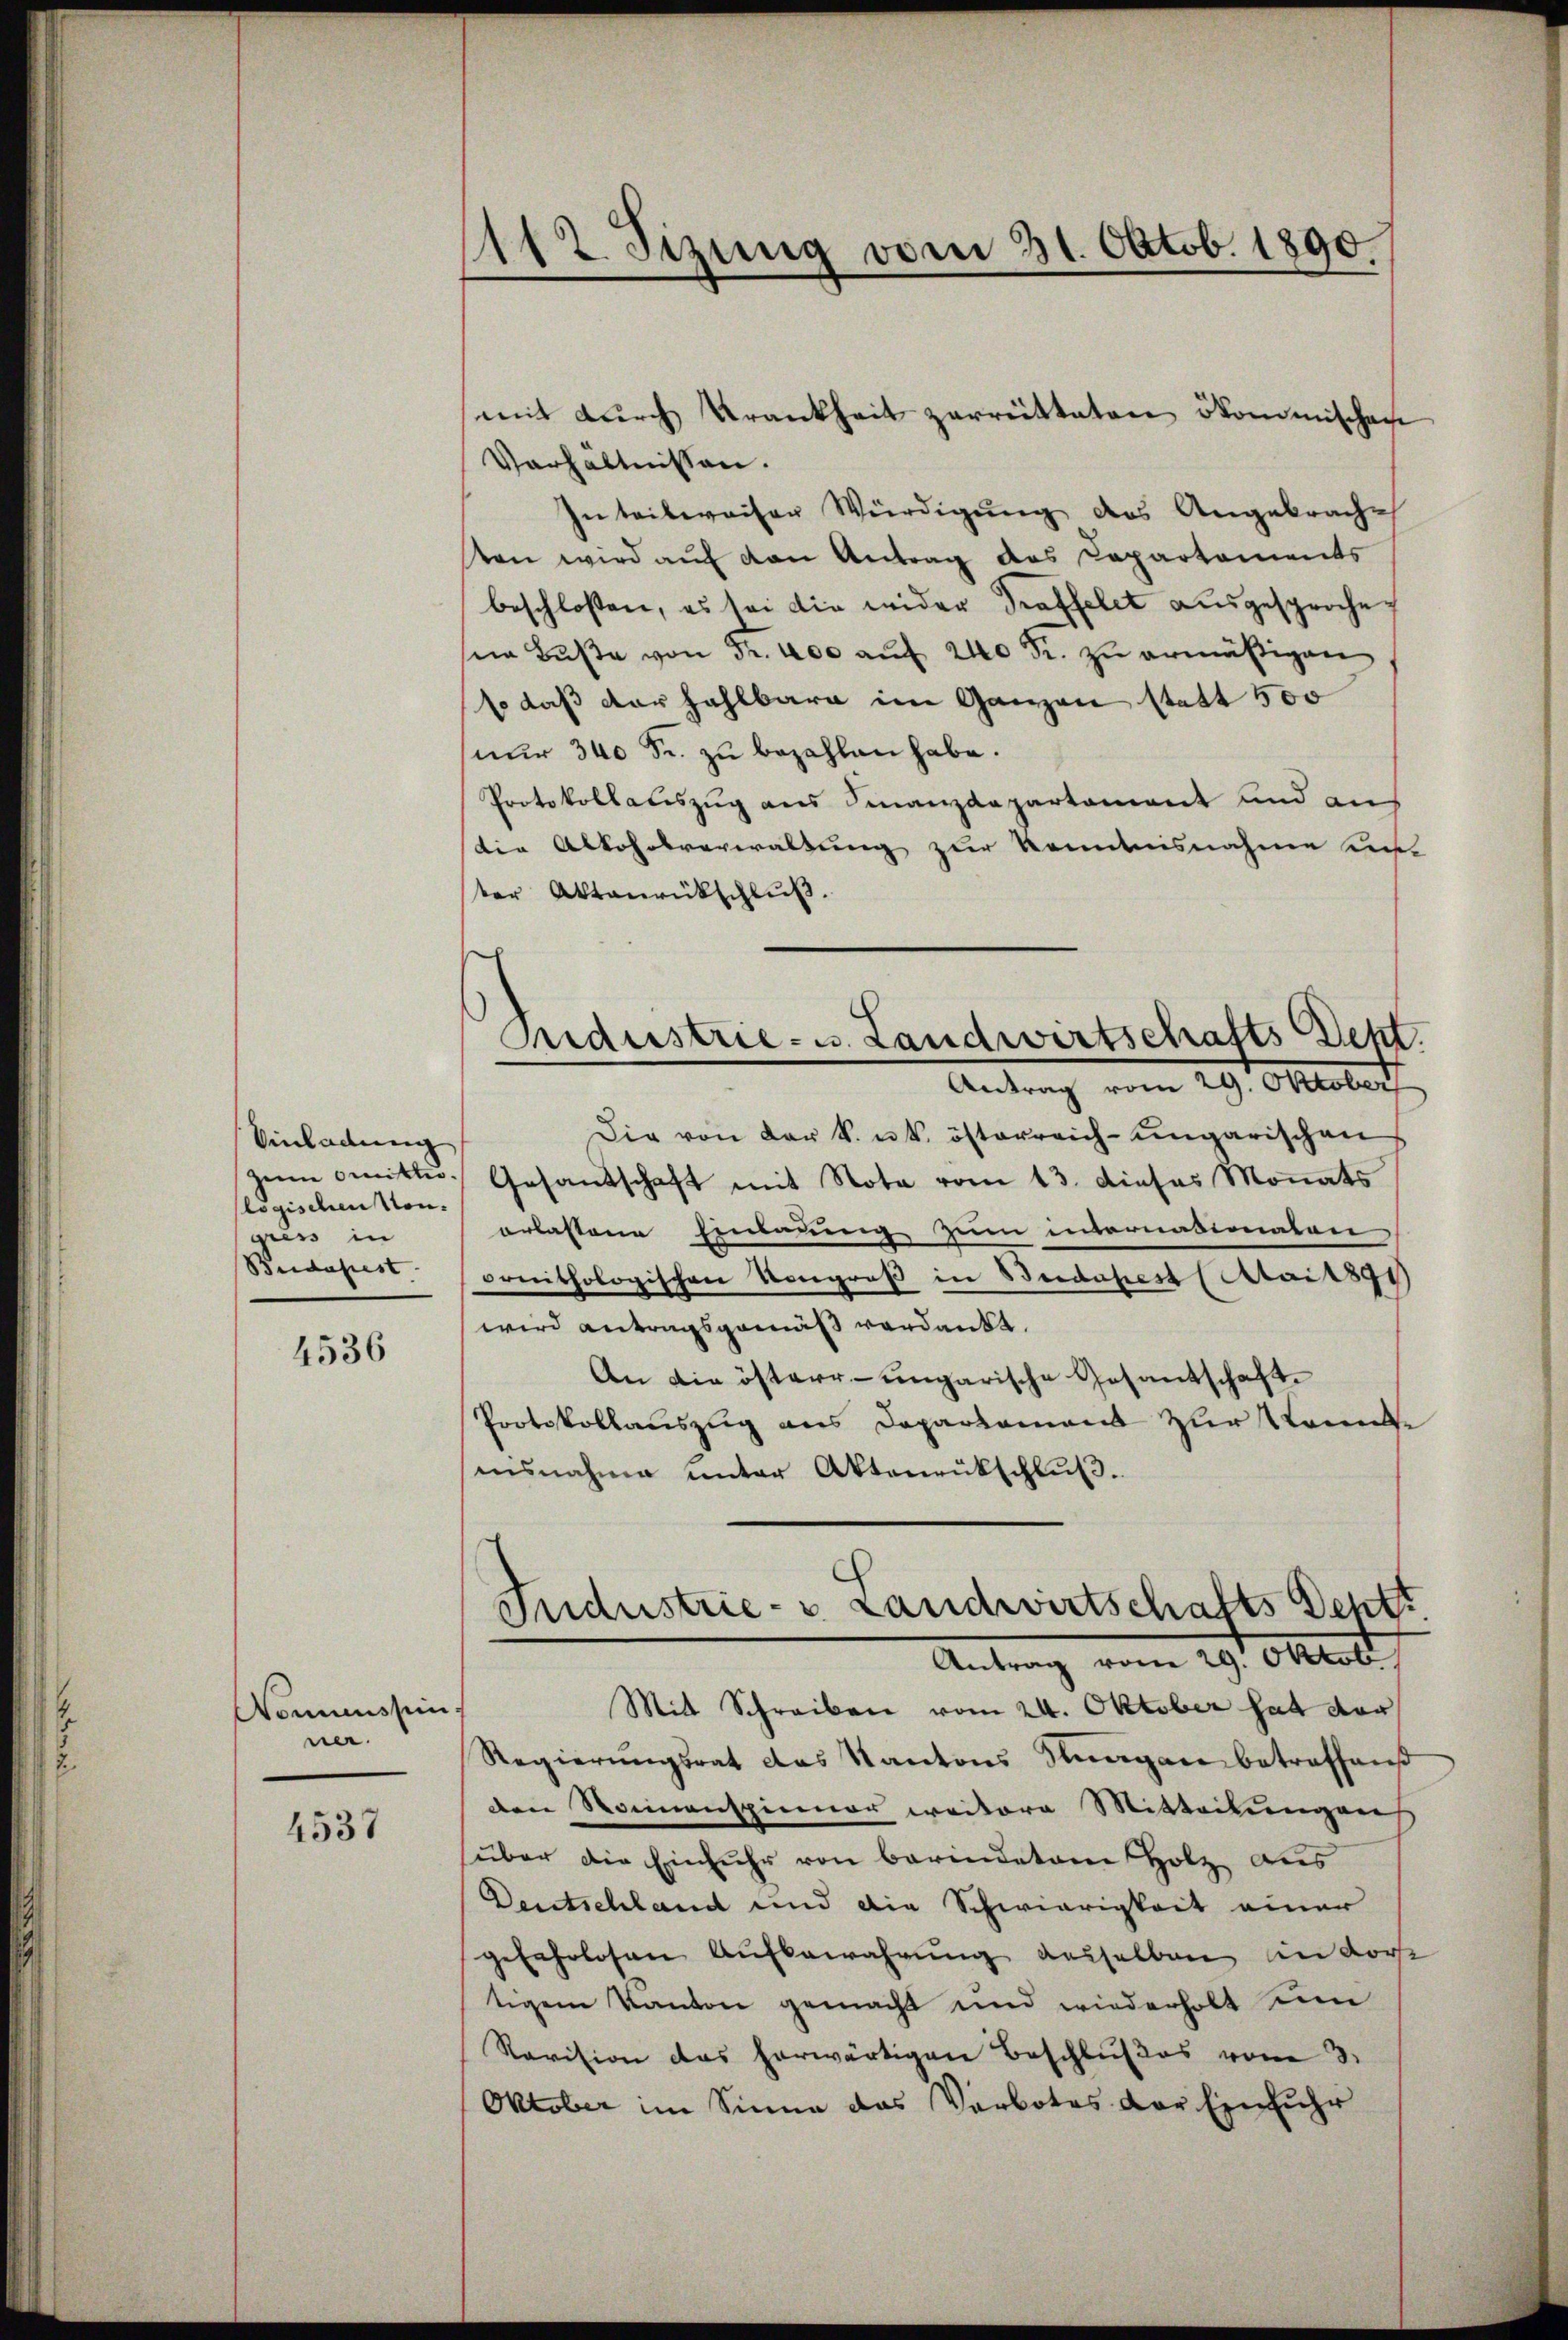
Einladung
zeime mitter.
logischen Mon.
dres in
Budapest.

4536

Kommission
ner.

4537

1112. Sizung vom 21. Oktob. 1890
“

Verhältnissen.
In teilweiser Würdigung des Angebrache
ten wird auf von Antrag des Capartements
beschlossen, es sei die wider Troffelet ausgesproche
 Buße von Fr. 400 auf 240 Fr. zu ermäßigen
s daß der zahlbare im Ganzen statt 500
nur 340 Fr. zu bezahlen habe.
Protokollateszug aus Finanzdepartement und auf
die Alkoholsverwaltung zur Kenntnisnahme un
ter Aktenrückschlŭβ.
Die von der k. u. k. österreich-ungarischen
Gesandschaft mit Nota vom 13. dieses Monats
erlassene Eindrung zum internationalen
oonithologischen Kongroß in Beidapest (Aai 1891
wird antragsgemäß verdankt.
An die österr-ungarische Gesantschaft.
Protokollauszug aus Daparlament zur Sonnte
nisnahme unter Aktenrückschluß.
Jndustrie- u Landwirtschafts Dentt
Antrag vom 29. Oktob
Mit Schreiben vom 24. Oktober hat vor
Regierŭngsrat das Kantons Sagen betreffens
den Rainenspinner weitere Mitteilungens
über die Einfuhr von berindeten Holz aus
Deutschland und die Schwierigkeit einer
gefahrlosen Aufbewahrung desselben an dor
tigem Kanton gemacht und wiederholt ein
Ravision das herwärtigen Beschlußes vom 3.
Oktober im Sinne das Verbotes der Einfuhr

mit durch Krankheit zerrütteten ökommischen

Andustrie- u. Landwirtschafts-Dept.
Antrag vom 29. Oktober